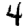
Digit: 4